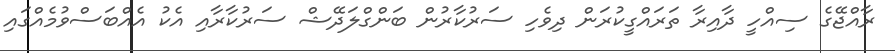
ރާއްޖޭގެ ސިއްހީ ދާއިރާ ތަރައްގީކުރަން ދިވެހި ސަރުކާރުން ބަންގްލަދޭޝް ސަރުކާރާއި އެކު އެއްބަސްވުމެއްގައި